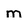
Character: m